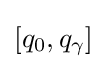
[q_{0},q_{\gamma }]